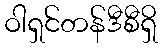
ဝါရှင်တန်ဒီစီရှိ